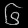
Digit: ၆